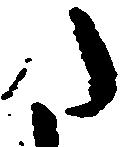
た